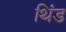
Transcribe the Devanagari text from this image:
थिंड